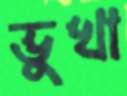
ভুখা